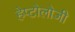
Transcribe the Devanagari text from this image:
हेप्टोलोजी